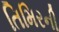
તિમિરની